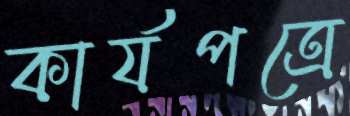
কার্যপত্রে